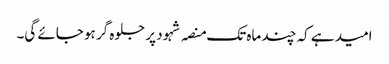
امید ہے کہ چند ماہ تک منصہ شہود پر جلوہ گر ہو جائے گی۔